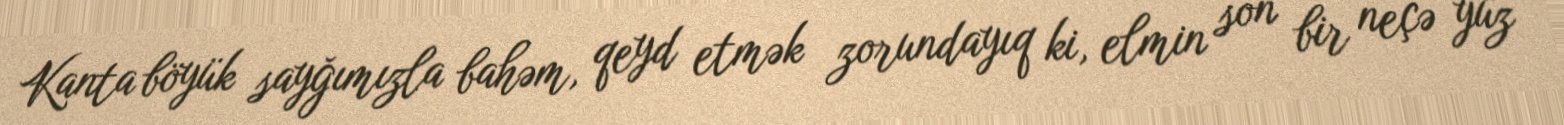
Kanta böyük sayğımızla bahəm, qeyd etmək zorundayıq ki, elmin son bir neçə yüz